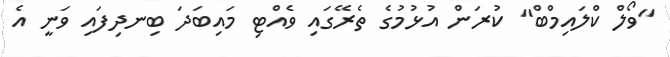
"ވޯލް ކްލައިމްބް" ކުރަން އުޅުމުގެ ތެރޭގައި ވެއްޓި މައިބަދަ ބިނދިފައި ވަނީ އެ